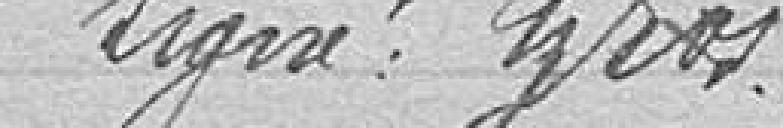
Signé Goss